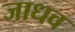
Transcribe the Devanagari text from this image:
जाधव